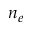
n _ { e }